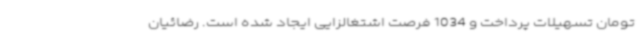
تومان تسهیلات پرداخت و 1034 فرصت اشتغالزایی ایجاد شده است. رضائیان